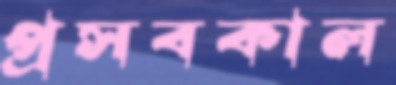
প্রসবকাল